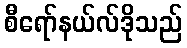
စီရော်နယ်လ်ဒိုသည်